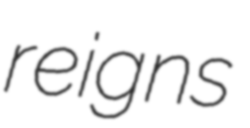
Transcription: reigns